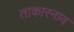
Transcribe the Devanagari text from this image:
ताकारनाव